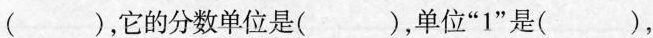
( )，它的分数单位是( )，单位”1”是( )，